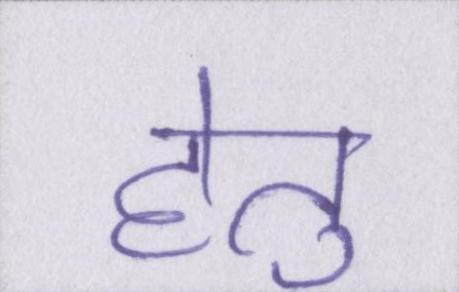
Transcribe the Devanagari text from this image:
हेतु